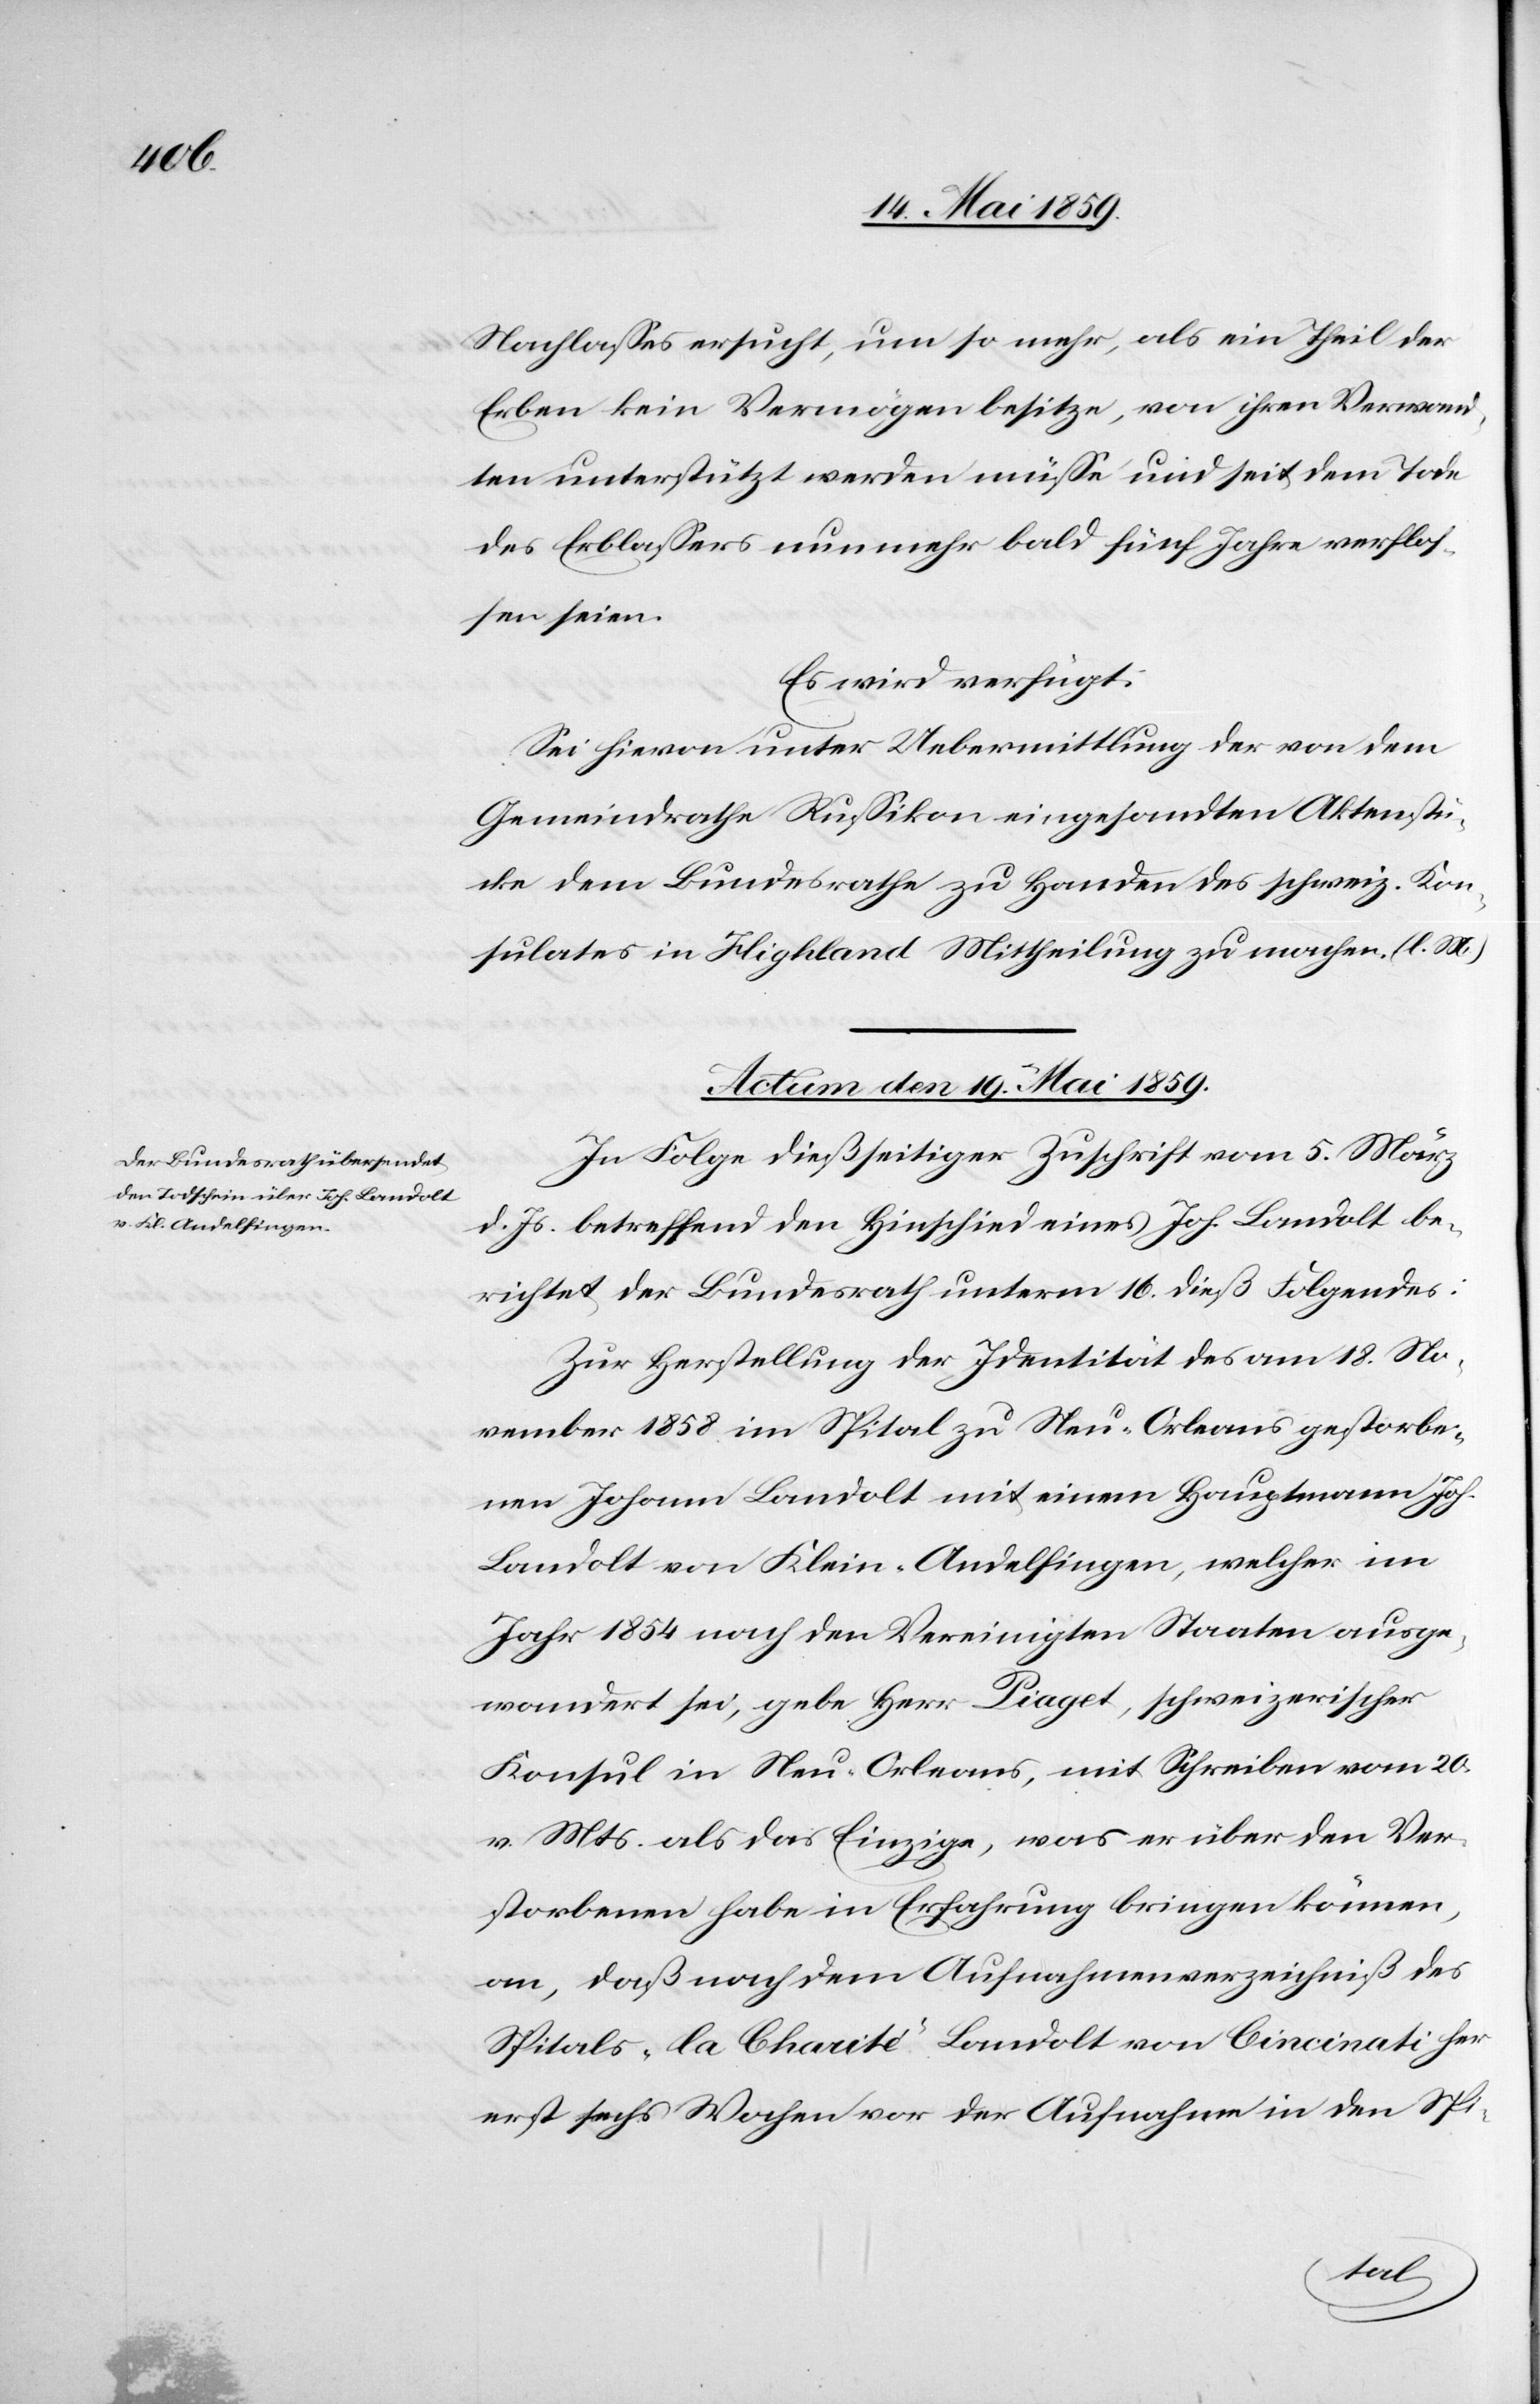
Nachlaßes ersucht, um so mehr, als ein Theil der
Erben kein Vermögen besitze, von ihren Verwand¬
ten unterstützt werden müße und seit dem Tode
des Erblaßers nunmehr bald fünf Jahre verfloß¬
en seien.
Es wird verfügt:
Sei hievon unter Uebermittlung der von dem
Gemeindrathe Rußikon eingesandten Aktenstü¬
cke dem Bundesrathe zu Handen des schweiz. Kon¬
sulates in Highland Mittheilung zu machen. (l. M.)
Actum den 19. Mai 1859.
In Folge dießseitiger Zuschrift vom 5. März
d. Js. betreffend den Hinschied eines Joh. Landolt be¬
richtet der Bundesrath unterm 16. dieß Folgendes:
Zur Herstellung der Identität des am 18. No¬
vember 1858 im Spital zu Neu-Orleans gestorbe¬
nen Johann Landolt mit einem Hauptmann Joh.
Landolt von Klein-Andelfingen, welcher im
Jahr 1854 nach den Vereinigten Staaten ausge¬
wandert sei, gebe Herr Piaget, schweizerischer
Konsul in Neu-Orleans, mit Schreiben vom 20.
v. Mts. als das Einzige, was er über den Ver¬
storbenen habe in Erfahrung bringen können,
an, daß nach dem Aufnahmenverzeichniß des
Spitals „la Charité“ Landolt von Cincinati her
erst sechs Wochen vor der Aufnahme in den Spi-